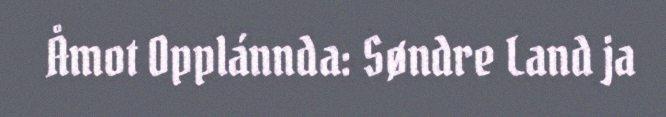
Åmot Opplánnda: Søndre Land ja